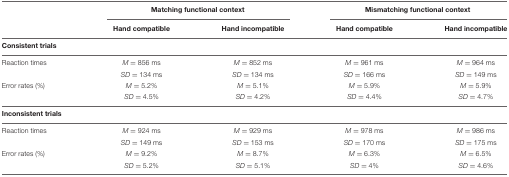
|  | <COLSPAN=2> Matching functional context | <COLSPAN=2> Mismatching functional context |
 |  | Hand compatible | Hand incompatible | Hand compatible | Hand incompatible |
 | --- | --- | --- | --- | --- |
 | Consistent trials |  |  |  |  |
 | Reaction times | M = 856 ms | M = 852 ms | M = 961 ms | M = 964 ms |
 |  | SD = 134 ms | SD = 134 ms | SD = 166 ms | SD = 149 ms |
 | Error rates (%) | M = 5.2% | M = 5.1% | M = 5.9% | M = 5.9% |
 |  | SD = 4.5% | SD = 4.2% | SD = 4.4% | SD = 4.7% |
 | Inconsistent trials |  |  |  |  |
 | Reaction times | M = 924 ms | M = 929 ms | M = 978 ms | M = 986 ms |
 |  | SD = 149 ms | SD = 153 ms | SD = 170 ms | SD = 175 ms |
 | Error rates (%) | M = 9.2% | M = 8.7% | M = 6.3% | M = 6.5% |
 |  | SD = 5.2% | SD = 5.1% | SD = 4% | SD = 4.6% |